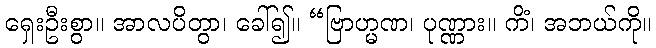
ရှေးဦးစွာ။ အာလပိတွာ၊ ခေါ်၍။ “ဗြာဟ္မဏ၊ ပုဏ္ဏား။ ကိံ၊ အဘယ်ကို။